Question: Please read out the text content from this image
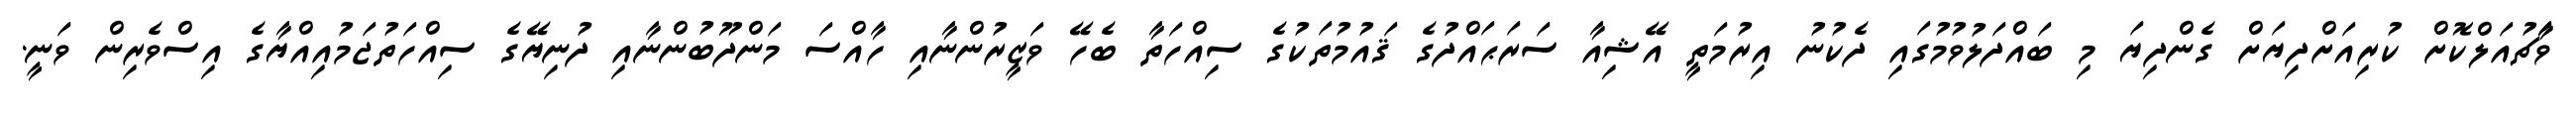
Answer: ވަާޗުއަލްކޮށް ކުރިއަށްދިޔަށް ގެންދިޔަ މި ބައްދަލުވުމުގައި ދެކުނު އިރުމަތީ އޭޝިއާ ސަރަޙައްދުގެ ޤައުމުތަކުގެ ސިއްހަތާ ބެހޭ ވަޒީރުންނާއި ހާއްސަ މަންދޫބުންނާއި ދުނިޔޭގެ ސިއްހަތުޖަމުއިއްޔާގެ އިސްވެރިން ވަނީ.